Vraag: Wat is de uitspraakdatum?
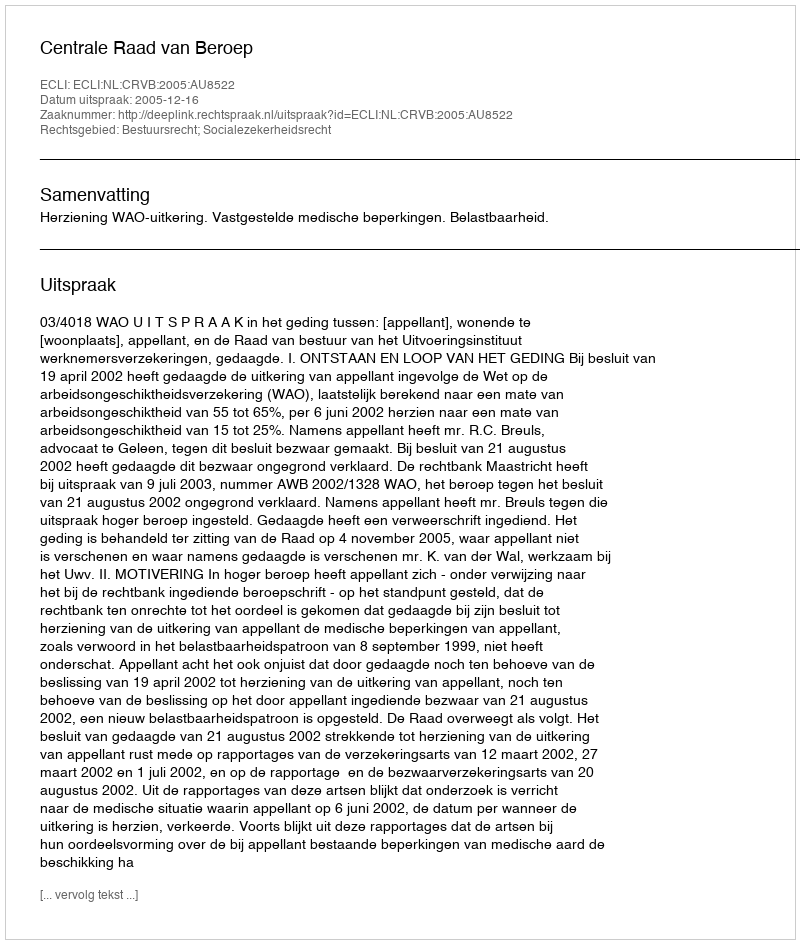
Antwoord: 2005-12-16